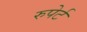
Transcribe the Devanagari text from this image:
रुपेर्ट